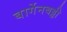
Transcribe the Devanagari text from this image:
बार्गेनबड्डी